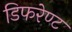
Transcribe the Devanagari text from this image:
डिफरेण्ट